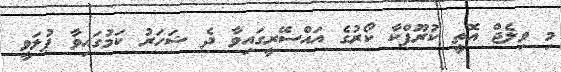
މި ވިލެޖް އޮތީ ކުރޫފްކާ ކޯރުގެ އައްސޭރީގައިވާ ދެ ޝަހަރު ކަމުގައިވާ ޕުލަވީ